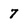
Character: 7